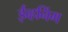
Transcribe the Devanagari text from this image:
ईव्हनिंग